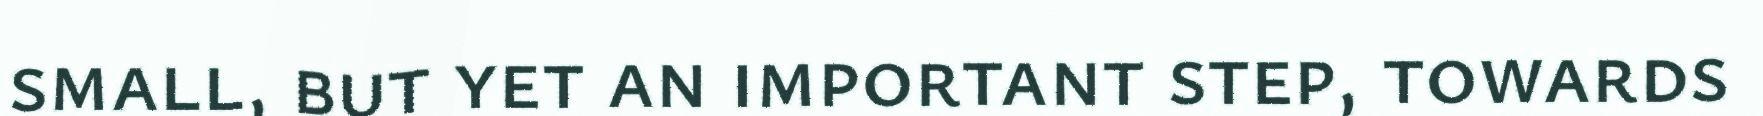
small, but yet an important step, towards